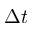
\Delta t